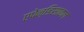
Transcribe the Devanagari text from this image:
एपेन्डिसाकल